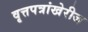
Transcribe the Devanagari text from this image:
वृत्तपत्रांखेरीज